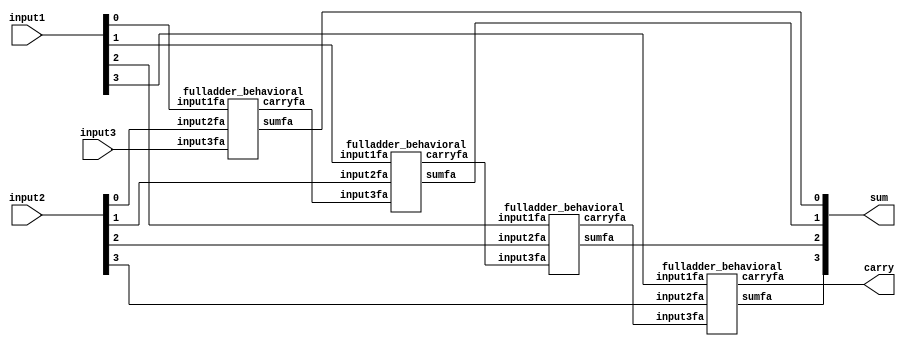

module fourbit_adder(sum, carry, input1, input2, input3);

output [3:0] sum;
output carry;
wire [2:0]carrybetween;
input [3:0] input1, input2;
input input3;

fulladder_behavioral fa1 (.sumfa(sum[0]), .carryfa(carrybetween[0]), .input1fa(input1[0]), .input2fa(input2[0]), .input3fa(input3));
fulladder_behavioral fa2 (.sumfa(sum[1]), .carryfa(carrybetween[1]), .input1fa(input1[1]), .input2fa(input2[1]), .input3fa(carrybetween[0]));
fulladder_behavioral fa3 (.sumfa(sum[2]), .carryfa(carrybetween[2]), .input1fa(input1[2]), .input2fa(input2[2]), .input3fa(carrybetween[1]));
fulladder_behavioral fa4 (.sumfa(sum[3]), .carryfa(carry), .input1fa(input1[3]), .input2fa(input2[3]), .input3fa(carrybetween[2]));


endmodule


module fulladder_behavioral(sumfa, carryfa, input1fa, input2fa, input3fa);

  input input1fa , input2fa, input3fa;
  output reg sumfa , carryfa;

  //Behavioral

  always @(*)
    begin
      sumfa = input1fa  ^ input2fa ^ input3fa;
      carryfa = (input1fa & input2fa) | (input2fa & input3fa) | (input1fa & input3fa);
    end

endmodule


module fourbit_adder_test;

  //inputs
  reg [3:0]input1;
  reg [3:0]input2;
  reg input3;

  //outputs
  wire [3:0]sum;
  wire carry;

  //instantiat unit under test
  fourbit_adder ha ( .sum(sum), .carry(carry), .input1(input1), .input2(input2), .input3(input3));

  initial begin
    input1 = 4'b0000;
    input2 = 4'b0000;
    input3 = 0;
  end
  
  always #2 input1 = input1 + 1'b1;
  always #1 input2 = input2 + 1'b1;

  initial begin
    $dumpfile("fourbit_adder.vcd");
    $dumpvars(0, fourbit_adder_test);
    $monitor("time=%g,sum =%b,carry =%b,a=%b,b=%b,c=%b", $time, sum, carry, input1, input2, input3);
  end
  initial #100 $finish; 

endmodule